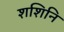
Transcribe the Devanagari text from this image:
शशिनि